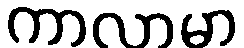
ကာလာမာ